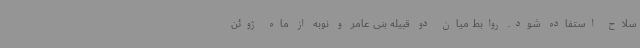
سلاح استفاده شود. روابط میان دو قبیله بنی عامر و نوبه از ماه ژوئن